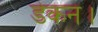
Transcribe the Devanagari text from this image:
डेकन।